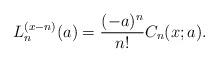
LaTeX: \begin{align*} L_{n}^{(x-n)}(a)=\frac{(-a)^{n}}{n!}C_{n}(x;a). \end{align*}